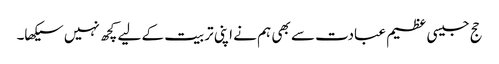
حج جیسی عظیم عبادت سے بھی ہم نے اپنی تربیت کے لیے کچھ نہیں سیکھا۔